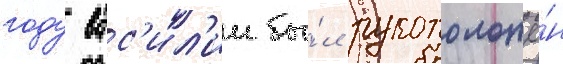
году вас'ил'ии бы́л рукоположё́н